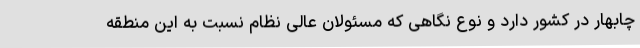
چابهار در کشور دارد و نوع نگاهی که مسئولان عالی نظام نسبت به این منطقه